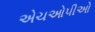
એચઓપીઓ